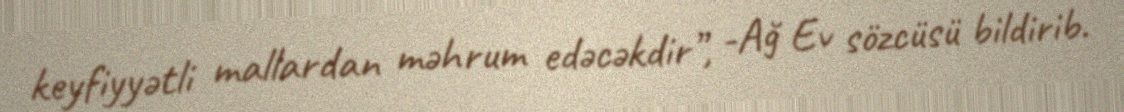
keyfiyyətli mallardan məhrum edəcəkdir”, -Ağ Ev sözcüsü bildirib.